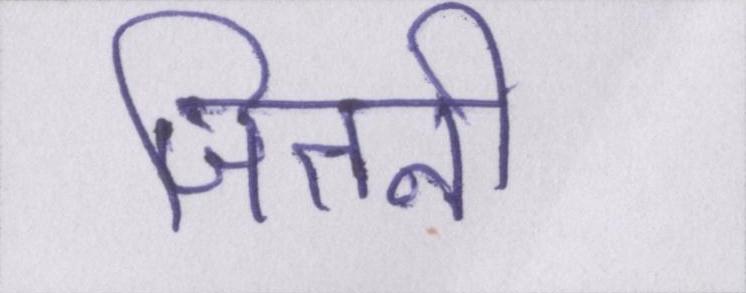
जितनी